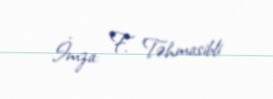
İmza: F. Təhmasibli